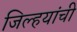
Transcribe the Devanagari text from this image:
जिल्हयांची